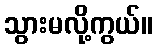
သွားမလို့ကွယ်။